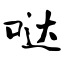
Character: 哒